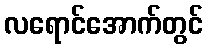
လရောင်အောက်တွင်